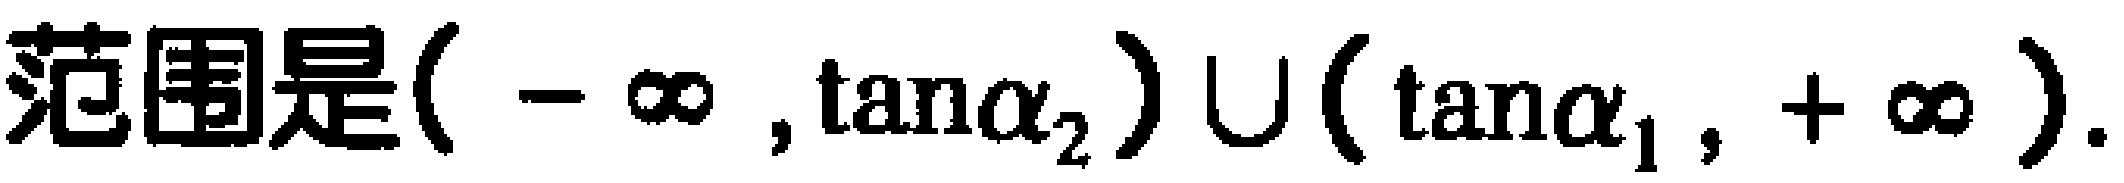
范围是$(-\infty,\tan\alpha_{2})\cup(\tan\alpha_{1},+\infty).$